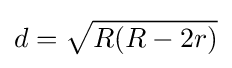
d={\sqrt {R(R-2r)}}